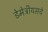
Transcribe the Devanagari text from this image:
डेमेट्रीयसचे